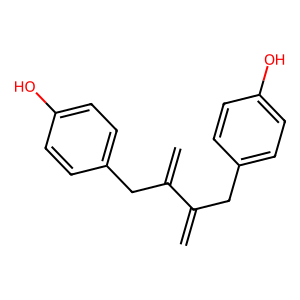
SMILES: C=C(Cc1ccc(O)cc1)C(=C)Cc1ccc(O)cc1
Inhibits HIV replication: No